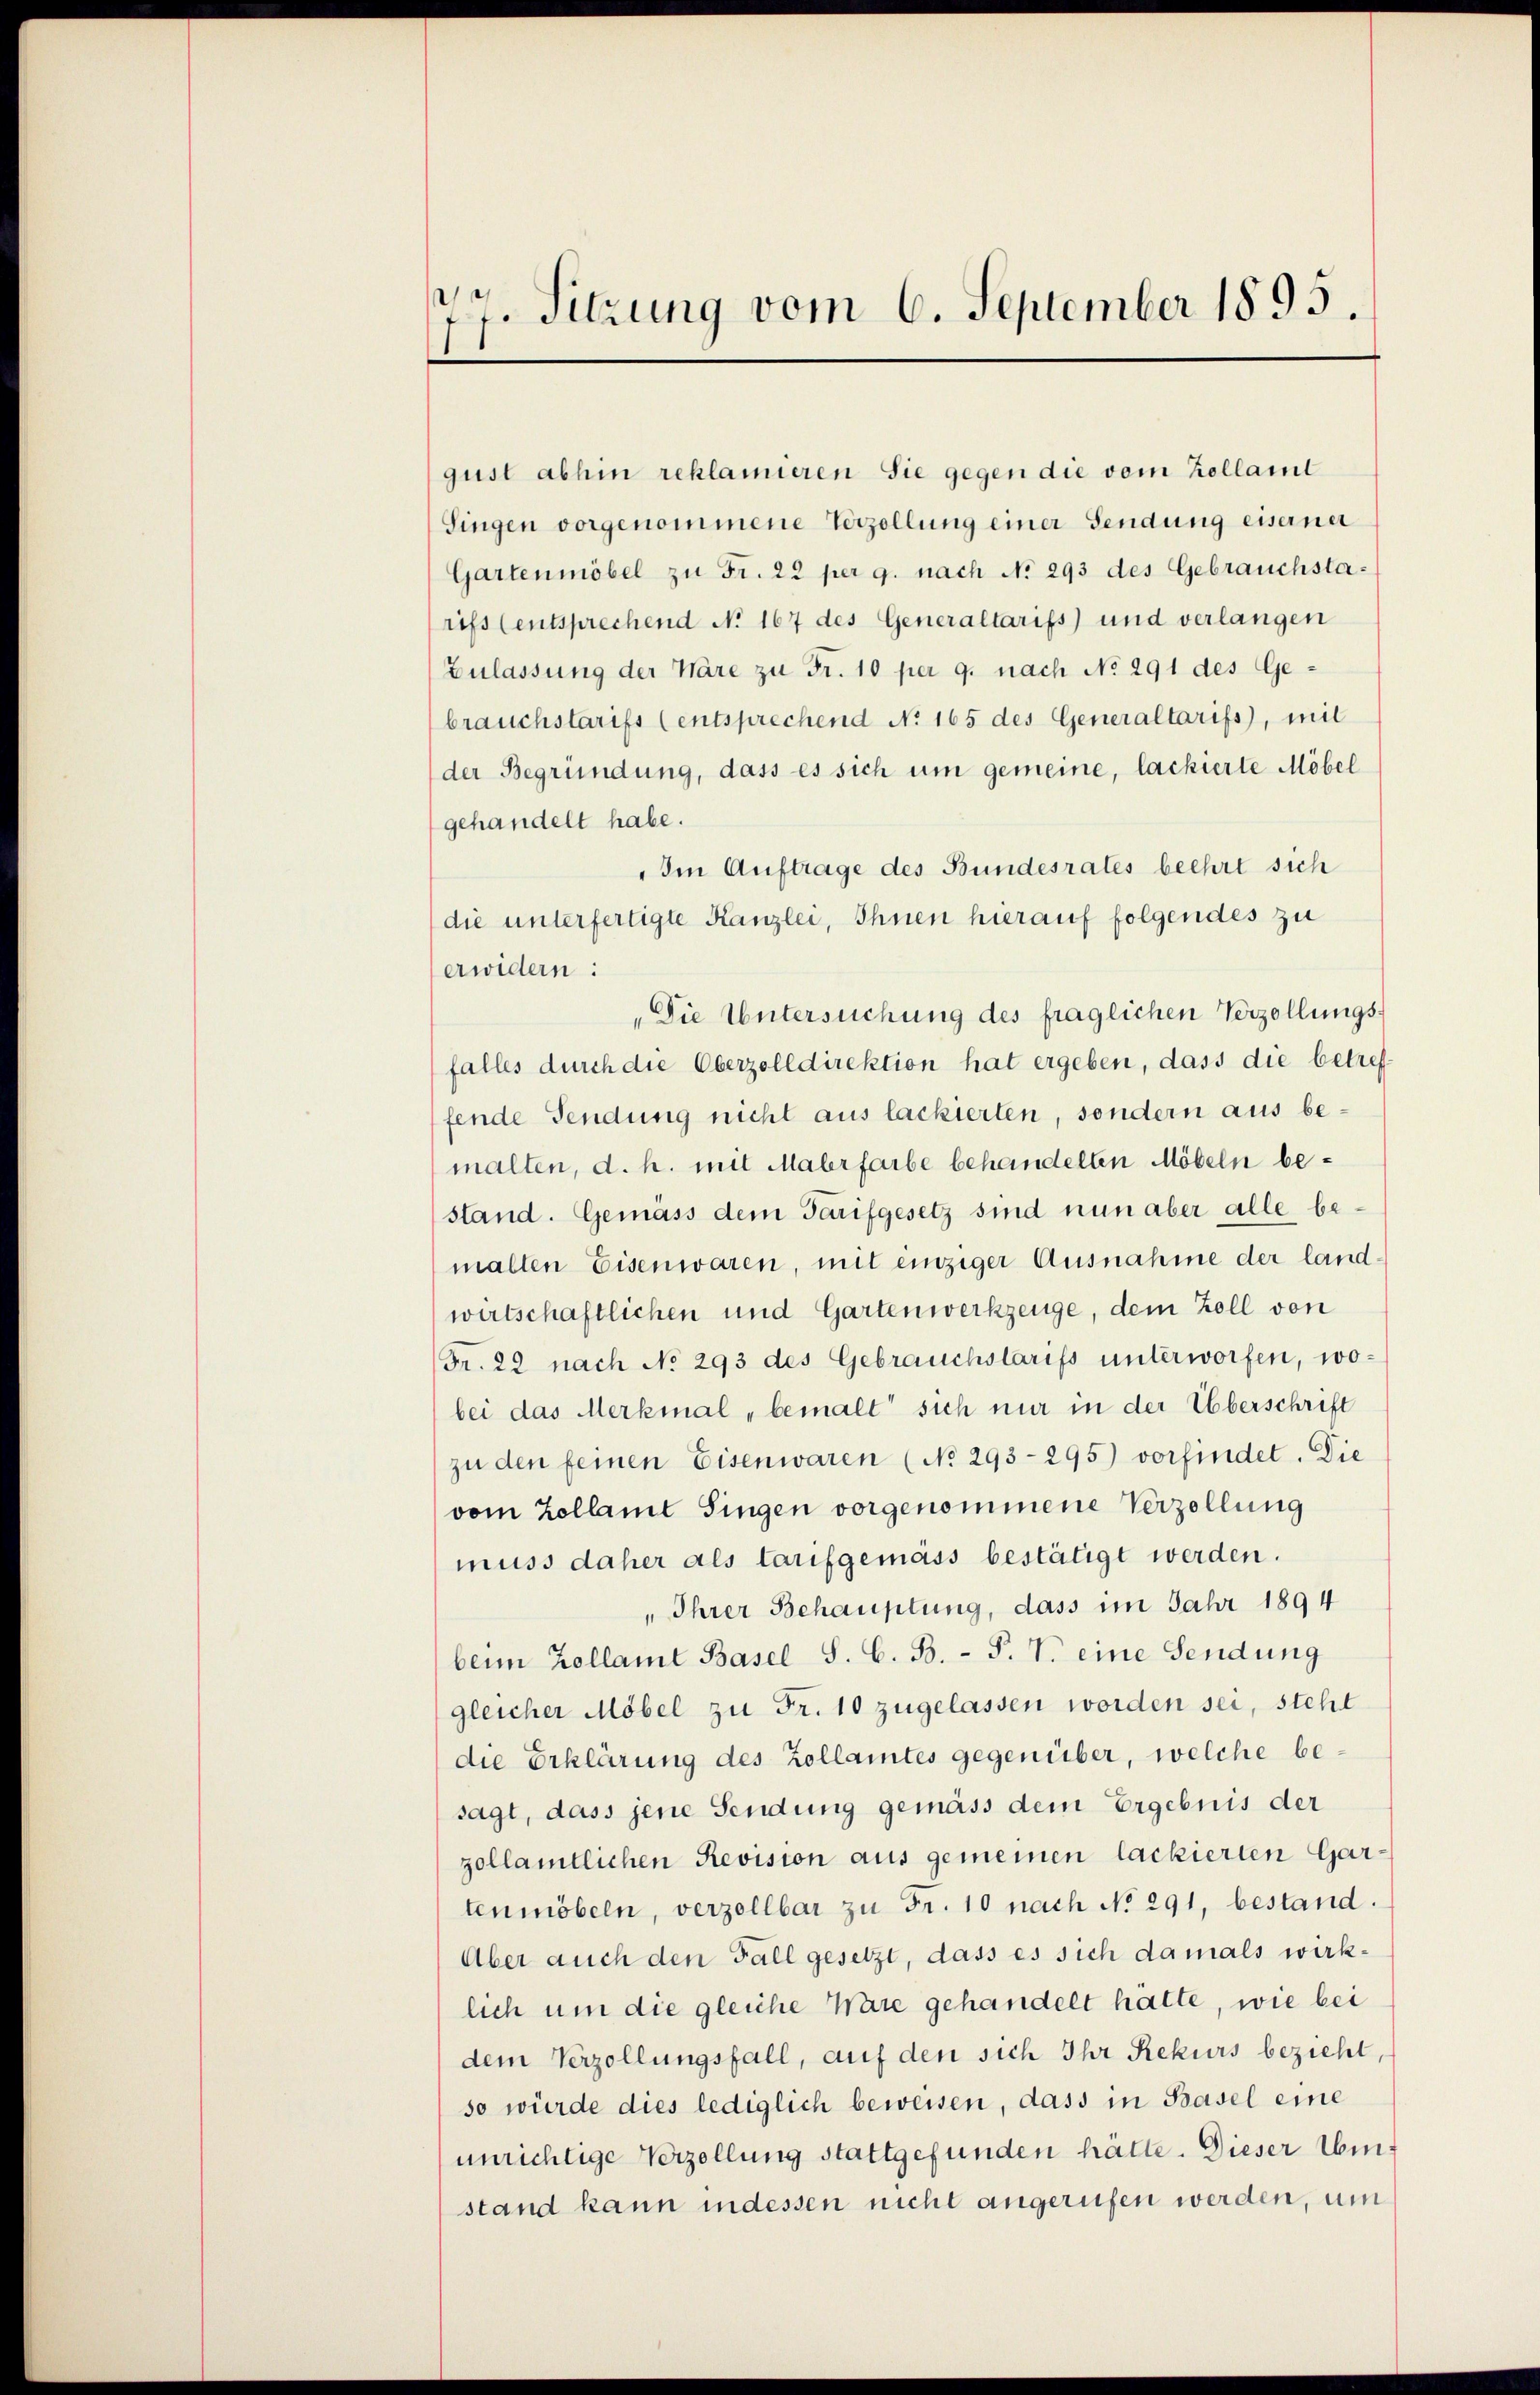
77. Sitzung vom 6. September 1895.

gust abhin reklamieren Sie gegen die vom Kollamt
Singen vorgenommene Verzellung einer Sendung eiserner
Gartenmöbel zŭ Fr. 22 per g. nach No 293 des Gebrauchsta-
rifs (entsprechend No 167 des Generaltarifs) und verlangen
Zulassung der Wäre zu Fr. 10 per 9. nach No 291 des Gebrauchstarifs (entsprechend No 165 des Generaltarifs, mit
der Begründung, dass es sich um gemeine, lackierte Möbel
gehandelt habe.
„Im Auftrage des Bundesrates beehrt sich
die unterfertigte Kanzlei, Ihnen hierauf folgendes zu
erwidern:
„Die Untersuchung des fraglichen Verzöllungsfalles durch die Oberzolldirektion hat ergeben, dass die betref
fende Sendung nicht aus lackierten, sondern aus bemalten, d. h. mit Malerfarbe behandelten Möbeln bestand. Gemäss dem Tarifgesetz sind nun aber alle bemalten Eisenwaren, mit einziger Ausnahme der land
wirtschaftlichen und Gartenwerkzeuge, dem Zoll von
Fr. 22 nach No 293 des Gebrauchslarifs unterworfen, wobei das Merkmal „bemalt sich nur in der Überschrift
zu den feinen Eisenwaren (No 293-295) vorfindet. Die
vom Zollamt Singen vorgenommene Verzellung
muss daher als tarifgemäss bestätigt werden.
„Ihrer Behauptung, dass im Jahr 1894
beim Zollamt Basel S. C. B. P. T. eine Sendung
gleicher Möbel zu Fr. 10 zugelassen worden sei, steht
die Erklärung des Zollamtes gegenüber, welche besagt, dass jene Sendung gemäss dem Ergebnis der
zollamtlichen Revision aus gemeinen lackierten Gartenmöbeln, verzollbar zu Fr. 10 nach No 291, bestand.
Aber auch den Fall gesetzt, dass es sich damals wirklich um die gleiche Ware gehandelt hätte, wie bei
dem Verzollungsfall, auf den sich Ihr Rekurs bezieht,
so würde dies lediglich beweisen, dass in Basel eine
unrichtige Verzellung stattgefunden hätte. Dieser Umstand kann indessen nicht angerufen werden, um